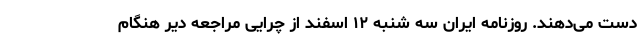
دست می‌دهند. روزنامه ایران سه شنبه ۱۲ اسفند از چرایی مراجعه دیر هنگام